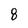
Character: 8